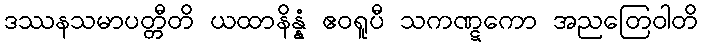
ဒဿနသမာပတ္တီတိ ယထာနိန္နံ ဧဝရူပီ သကဏ္ဋကော အညတြေဝါတိ